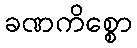
ခဏကိစ္စော